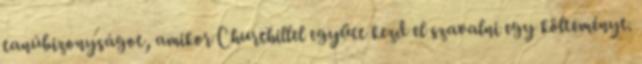
tanúbizonyságot, amikor Churchillel együtt kezd el szavalni egy költeményt.